NAE_ERA_R-2324_Eesti_Vabariigi_Pohiseaduslik_Assamblee, lk 156
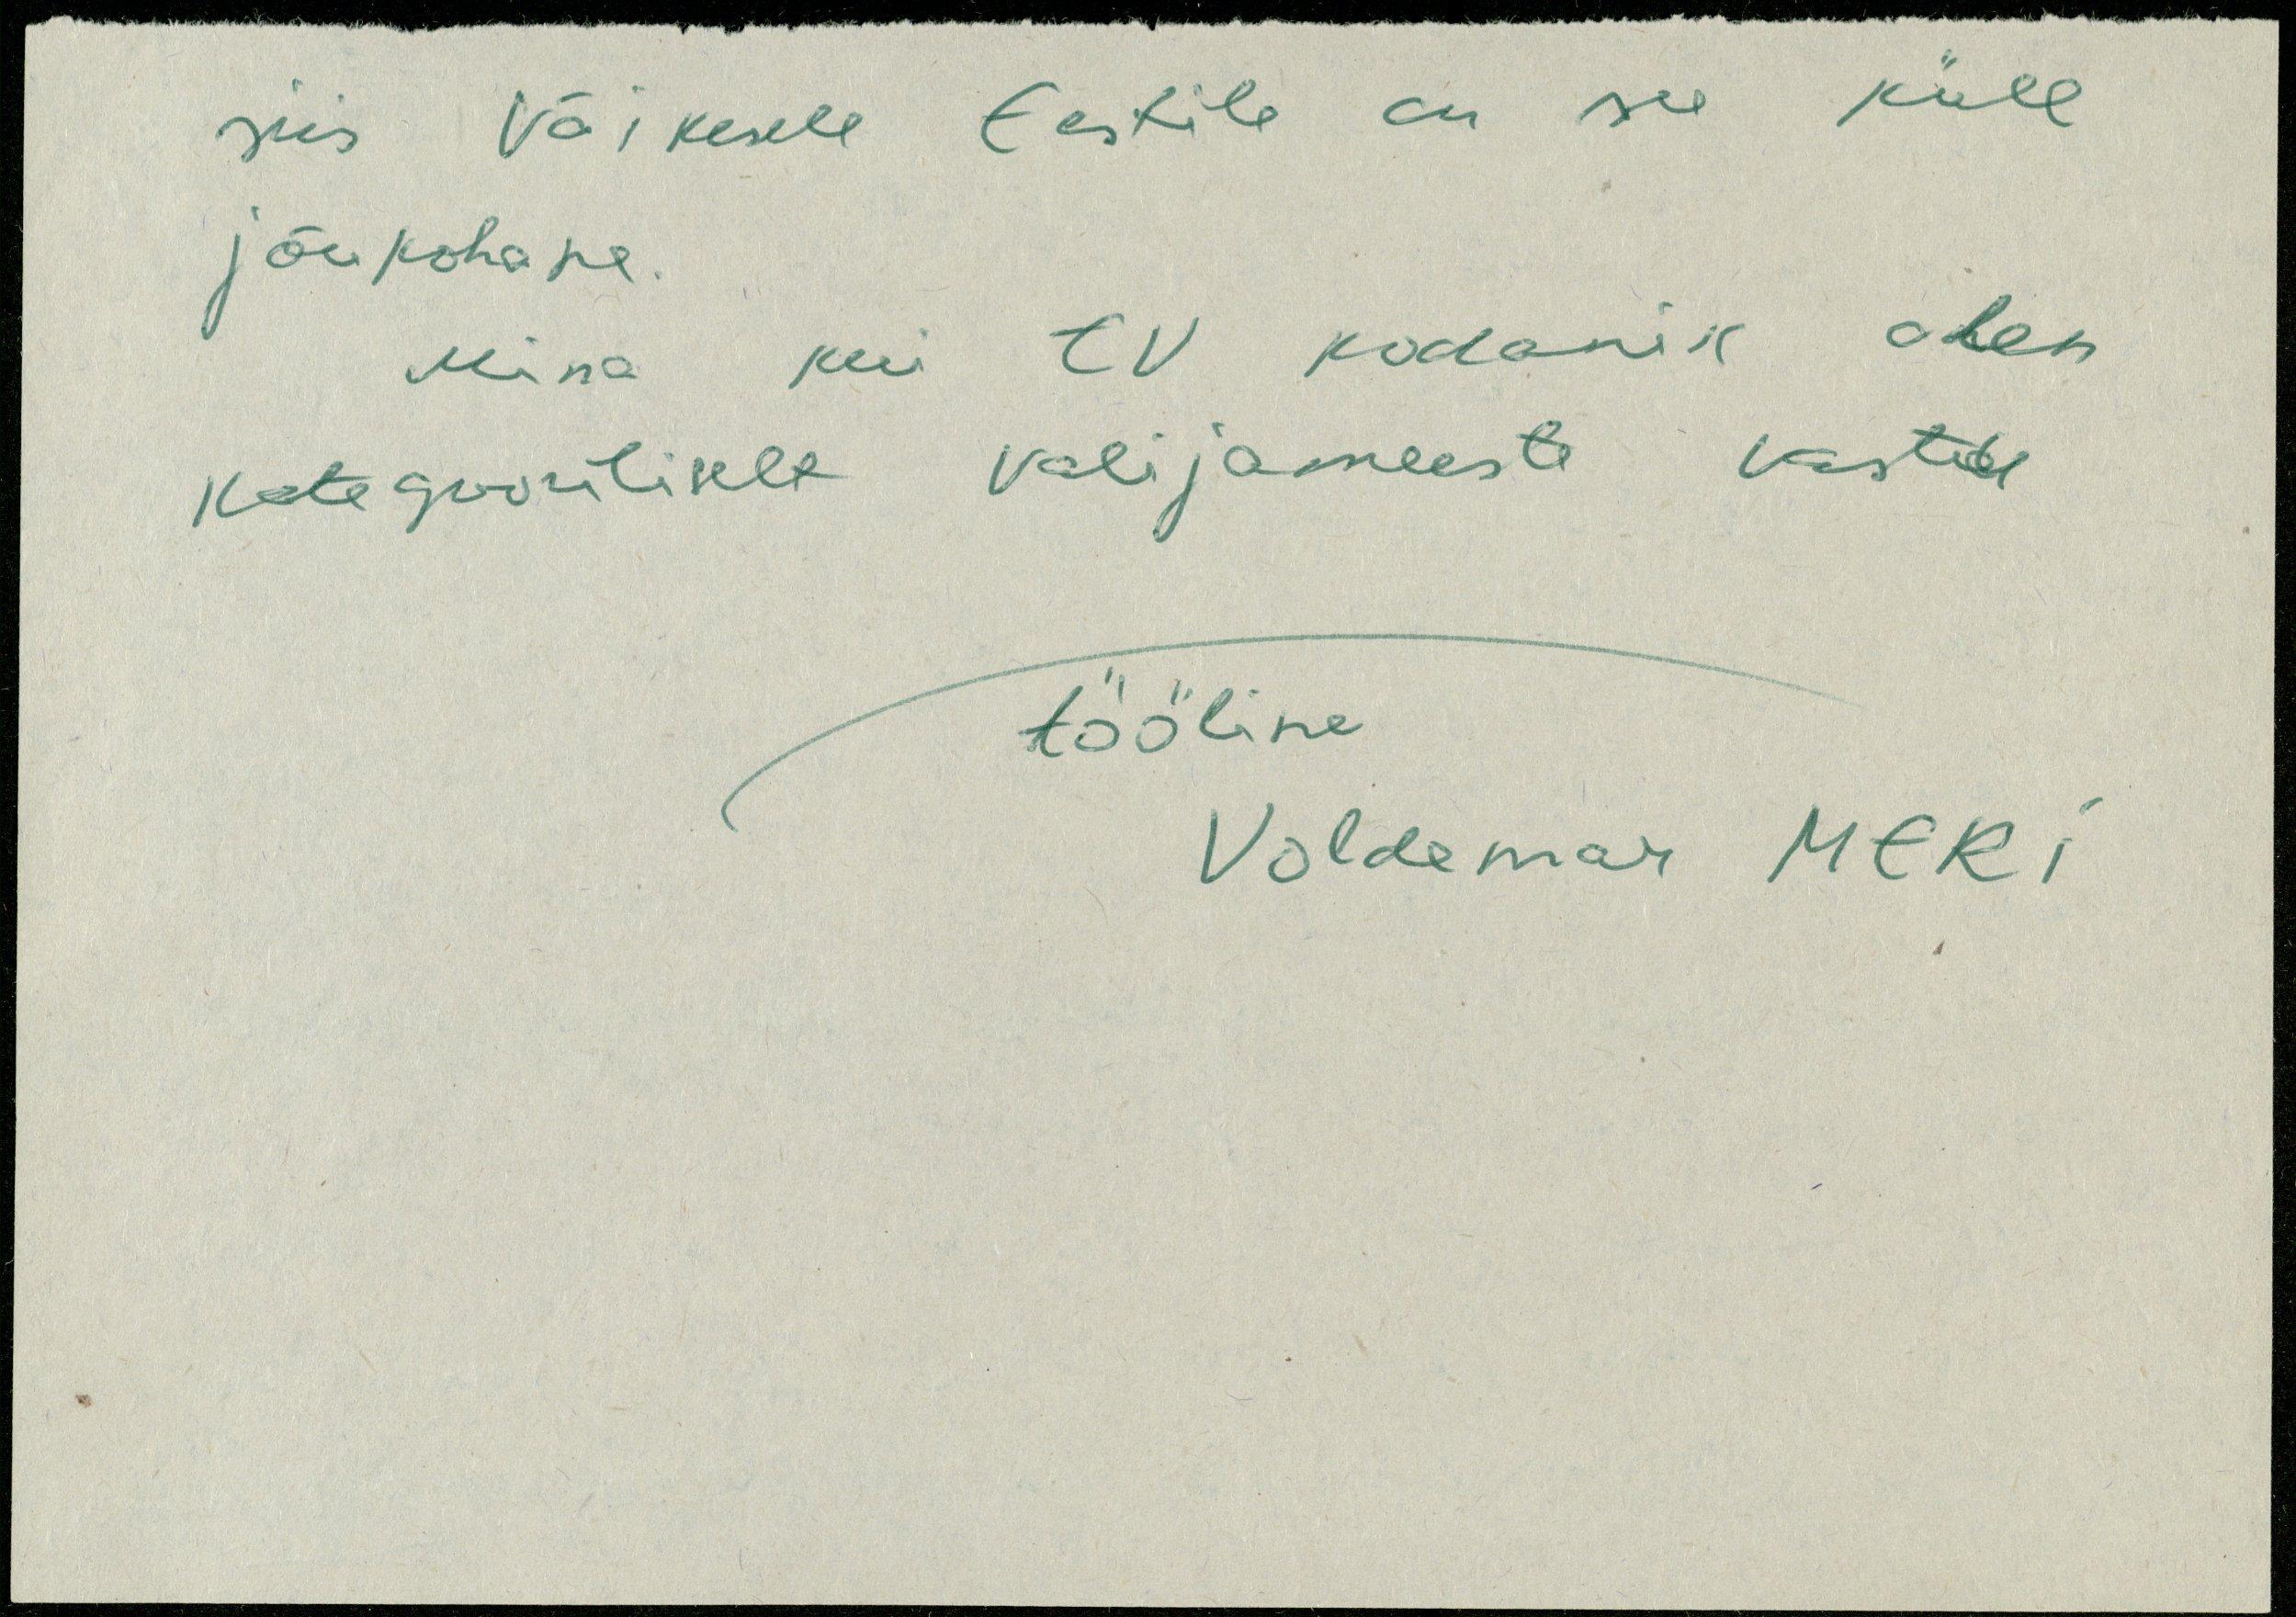
siis väikesele Eestile on see küll
jõukohane.
Mina kui EV kodanik olen
kategooriliselt valijameeste vastu
tööline
Voldemar MERI